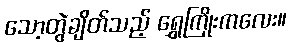
သော့တွဲချိတ်သည့် ရွှေကြိုးကလေး။